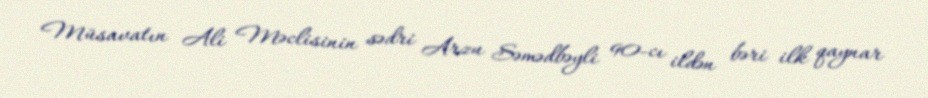
Müsavatın Ali Məclisinin sədri Arzu Səmədbəyli 90-cı ildən bəri ilk qaynar